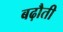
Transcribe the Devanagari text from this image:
बढ़ौती